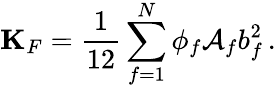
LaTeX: {\mathbf K}_{F}=\frac{1}{12}\sum_{f=1}^{N}\phi_{f}\mathcal{A}_{f}b_{f}^{2}\, .